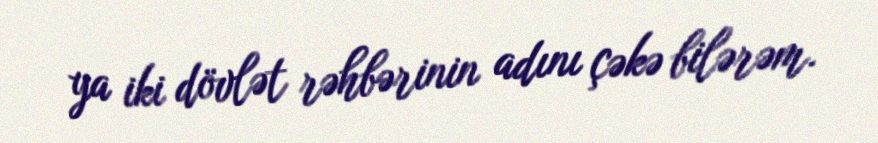
ya iki dövlət rəhbərinin adını çəkə bilərəm.